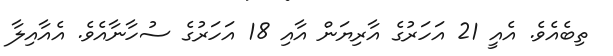
ތިބެއެވެ. އެއީ 21 އަހަރުގެ އާރިޔަން އާއި 18 އަހަރުގެ ސުހާނާއެވެ. އެއާއިލާ